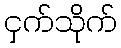
ငှက်သိုက်